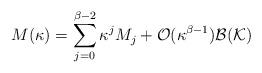
LaTeX: \begin{align*}M(\kappa)=\sum_{j=0}^{\beta-2} \kappa^jM_j+\mathcal{O}(\kappa^{\beta-1})\mathcal B(\mathcal K)\end{align*}